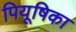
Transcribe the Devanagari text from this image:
पियूषिका